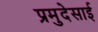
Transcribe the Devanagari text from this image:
प्रमुदेसाई